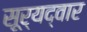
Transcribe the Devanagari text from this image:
सूर्यद्वार